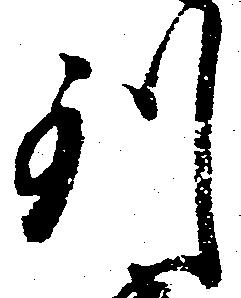
到